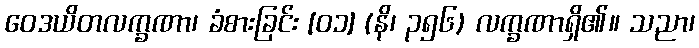
ဝေဒယိတလက္ခဏာ၊ ခံစားခြင်း [၀၁] (နိ၊ ၃၅၆) လက္ခဏာရှိ၏။ သညာ၊